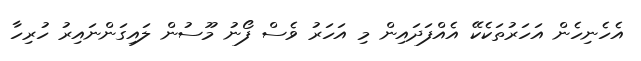
އެހެނިހެން އަހަރުތަކެކޭ އެއްފަދައިން މި އަހަރު ވެސް ފޯނު މޫސުން ލައިގަންނައިރު ހުރިހާ